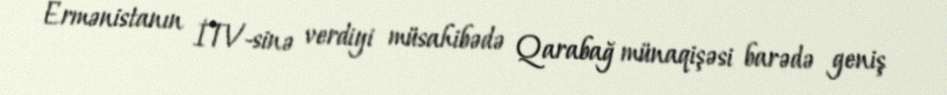
Ermənistanın İTV-sinə verdiyi müsahibədə Qarabağ münaqişəsi barədə geniş